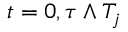
t = 0 , \tau \wedge T _ { j }